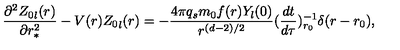
\frac { \partial ^ { 2 } { Z _ { 0 } } _ { l } ( r ) } { \partial r _ { * } ^ { 2 } } - V ( r ) { Z _ { 0 } } _ { l } ( r ) = - \frac { 4 \pi q _ { s } m _ { 0 } f ( r ) Y _ { l } ( 0 ) } { r ^ { ( d - 2 ) / 2 } } ( \frac { d t } { d \tau } ) _ { r _ { 0 } } ^ { - 1 } \delta ( r - r _ { 0 } ) ,